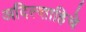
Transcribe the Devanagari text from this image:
अदिल्शाहिचे